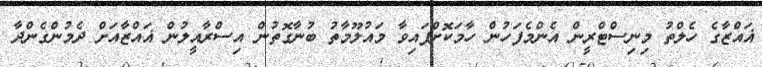
ޣައްޒާގެ ހެލްތު މިނިސްޓްރީން އެންމެފަހުން ހާމަކޮށްފައިވާ މައުލޫމާތު ބުނާގޮތުން އިސްރާއީލުން ޣައްޒާއަށް ދެމުންގެންދާ